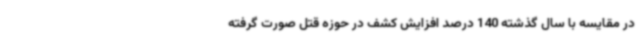
در مقایسه با سال گذشته 140 درصد افزایش کشف در حوزه قتل صورت گرفته